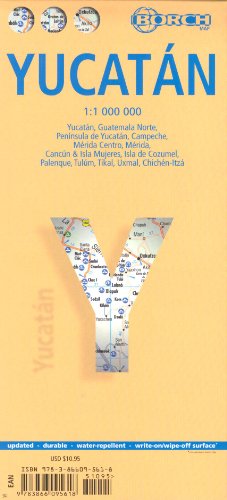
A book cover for Yucatan (Mexico, Guatemala) 1:1,000,000 Travel Map, laminated BORCH, 2014 edition; Borch Verlag; Travel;